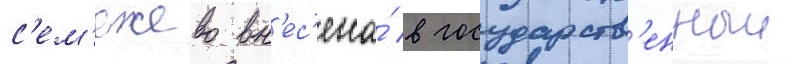
с'ем'ежево вн'ес'ена́ в государств'енныи